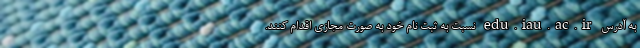
به آدرس edu.iau.ac.ir نسبت به ثبت نام خود به صورت مجازی اقدام کنند.